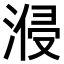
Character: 𣷽